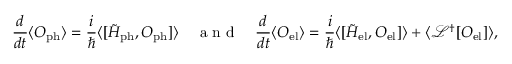
\frac { d } { d t } \langle O _ { \mathrm { p h } } \rangle = \frac { i } { \hbar } \langle [ \tilde { H } _ { \mathrm { p h } } , O _ { \mathrm { p h } } ] \rangle \quad \mathrm { ~ a ~ n ~ d ~ } \quad \frac { d } { d t } \langle O _ { \mathrm { e l } } \rangle = \frac { i } { \hbar } \langle [ \tilde { H } _ { \mathrm { e l } } , O _ { \mathrm { e l } } ] \rangle + \langle \mathcal { L } ^ { \dagger } [ O _ { \mathrm { e l } } ] \rangle ,